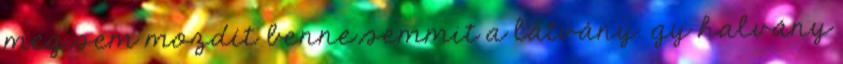
meg sem mozdít benne semmit a látvány. gy halvány